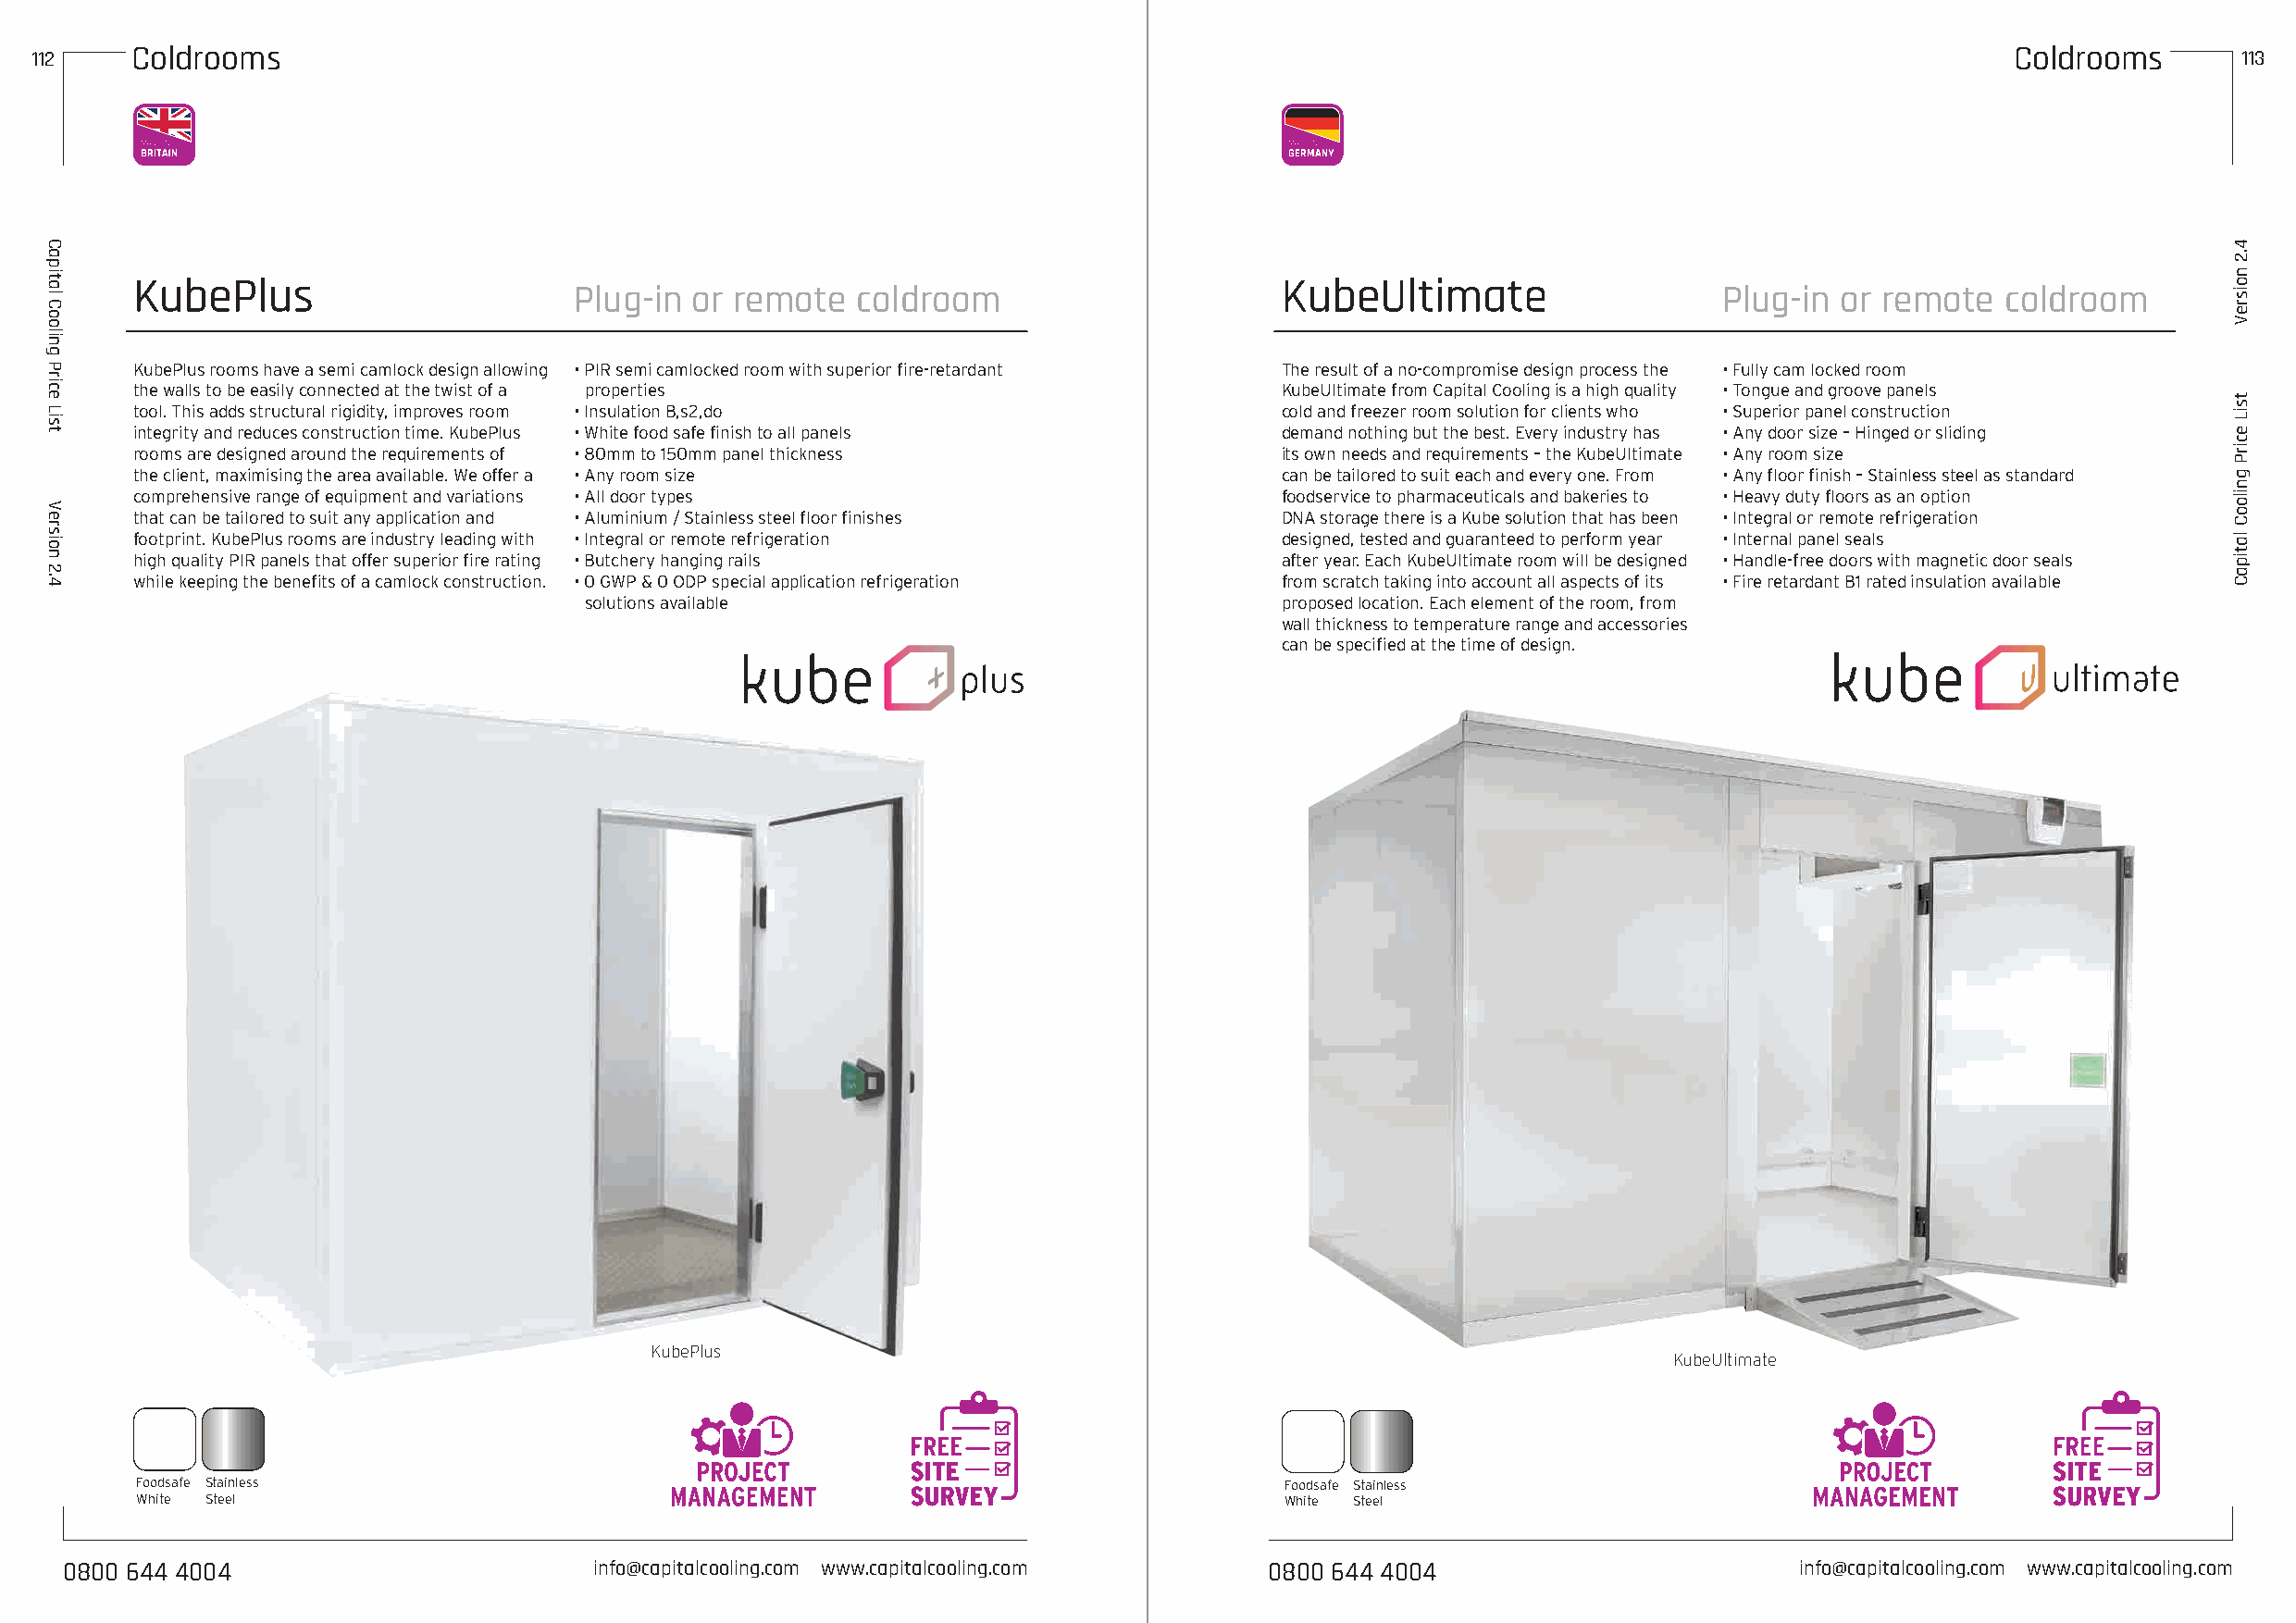
112    Coldrooms                                                                                                                              Coldrooms       113
 KubePlus                                                                          KubeUltimate
 Plug-in  or remote  coldroom                                                      Plug-in  or remote  coldroom
 KubePlus rooms have a semi camlock design allowing • PIR semi camlocked room with superior fire-retardant The result of a no-compromise design process the • Fully cam locked room
 the walls to be easily connected at the twist of a properties                     KubeUltimate from Capital Cooling is a high quality • Tongue and groove panels
 tool. This adds structural rigidity, improves room • Insulation B,s2,do           cold and freezer room solution for clients who • Superior panel construction
 integrity and reduces construction time. KubePlus • White food safe finish to all panels demand nothing but the best. Every industry has • Any door size – Hinged or sliding
 rooms are designed around the requirements of • 80mm to 150mm panel thickness     its own needs and requirements – the KubeUltimate • Any room size
 the client, maximising the area available. We offer a • Any room size             can be tailored to suit each and every one. From • Any floor finish – Stainless steel as standard
 comprehensive range of equipment and variations • All door types                  foodservice to pharmaceuticals and bakeries to • Heavy duty floors as an option
 that can be tailored to suit any application and • Aluminium / Stainless steel floor finishes DNA storage there is a Kube solution that has been • Integral or remote refrigeration
 footprint. KubePlus rooms are industry leading with • Integral or remote refrigeration designed, tested and guaranteed to perform year • Internal panel seals
 high quality PIR panels that offer superior fire rating • Butchery hanging rails  after year. Each KubeUltimate room will be designed • Handle-free doors with magnetic door seals
 while keeping the benefits of a camlock construction. • 0 GWP & 0 ODP special application refrigeration from scratch taking into account all aspects of its • Fire retardant B1 rated insulation available
 solutions available                               proposed location. Each element of the room, from
 wall thickness to temperature range and accessories
 can be specified at the time of design.
 KubePlus
 KubeUltimate
 Foodsafe Stainless                                                                Foodsafe Stainless
 White Steel                                                                       White Steel
 00880000 664444 44000044              iinnffoo@@ccaappiittaallccoooolliinngg..ccoomm wwwwww..ccaappiittaallccoooolliinngg..ccoomm 00880000 664444 44000044 info@capitalcooling.com www.capitalcooling.com
 Capital
 Cooling
 Price
 List
 Version
 2.4
 4.2
 noisreV
 tsiL
 ecirP
 gnilooC
 latipaC